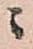
ニ